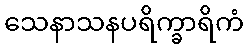
သေနာသနပရိက္ခာရိကံ